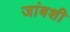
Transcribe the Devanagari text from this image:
जांबशी